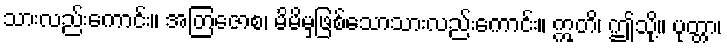
သားလည်းကောင်း။ အတြဇောစ၊ မိမိမှဖြစ်သောသားလည်းကောင်း။ ဣတိ၊ ဤသို့။ ပုတ္တာ၊